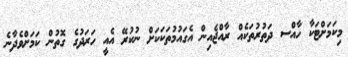
މިކަމަށްޓަކާ ހާއްސ ދަތުރުތަކެއް ރާއްޖެއިން އެގައުމުތަކަކަށް ނުކުރޭ އެއީ ހަރަދުގެ ގޮތުން ކަމަށްވެދާނެ